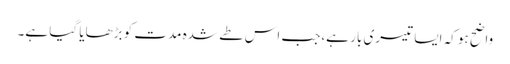
واضح ہو کہ ایسا تیسری بار ہے،جب اس طے شدہ مدت کو بڑھایا گیا ہے۔